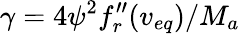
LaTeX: \gamma=4{\psi}^{2}f_{r}^{\prime\prime}(v_{eq})/M_{a}